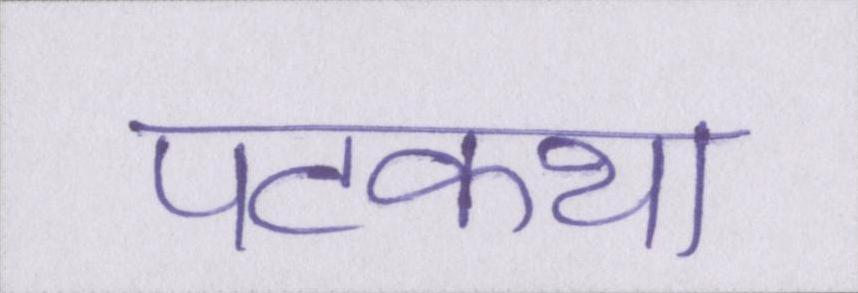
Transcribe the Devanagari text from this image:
पटकथा